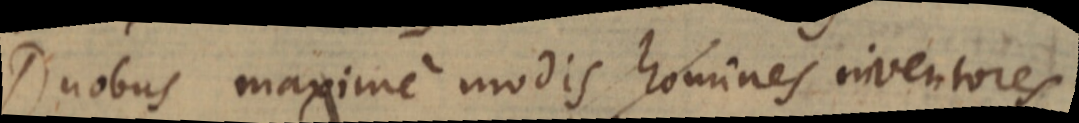
Duobus maxime modis homines inventores